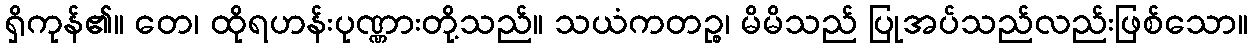
ရှိကုန်၏။ တေ၊ ထိုရဟန်းပုဏ္ဏားတို့သည်။ သယံကတဉ္စ၊ မိမိသည် ပြုအပ်သည်လည်းဖြစ်သော။